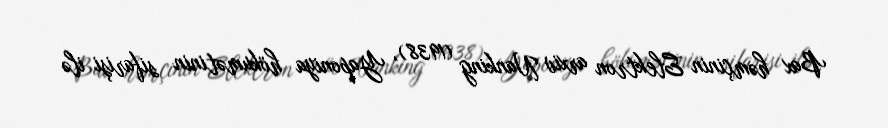
Bax həmçinin Elektron arxiv Nanking (1938), Yaponiya hökumətinin sifarişi ilə